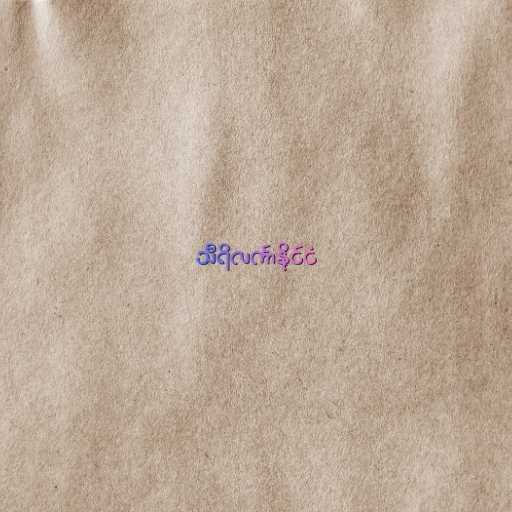
သီရိလင်္ကာနိုင်ငံ